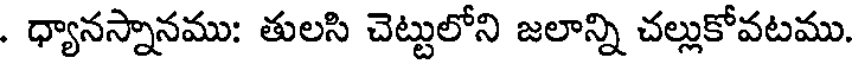
. ధ్యానస్నానము: తులసి చెట్టులోని జలాన్ని చల్లుకోవటము.